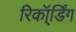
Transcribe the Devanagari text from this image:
रिकॉ्र्डिंग